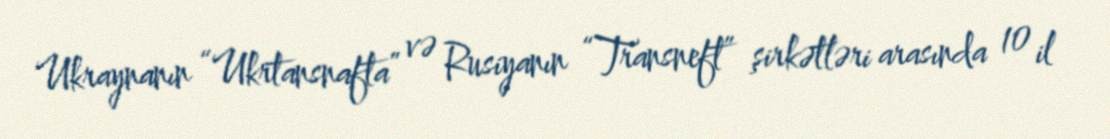
Ukraynanın “Ukrtansnafta” və Rusiyanın “Transneft” şirkətləri arasında 10 il